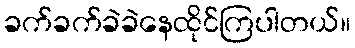
ခက်ခက်ခဲခဲနေထိုင်ကြပါတယ်။